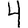
Digit: 4